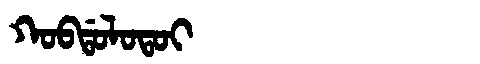
Manchu: ᡴᠣᠪᡩᠣᠯᠣᡨᠣᡳ
Romanization: KOBDOLOTOI